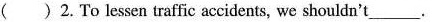
( ) 2. To lessen traffic accidents, we shouldn't___.